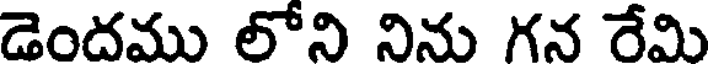
డెందము లోని నిను గన రేమి